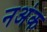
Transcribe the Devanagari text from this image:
नअंक